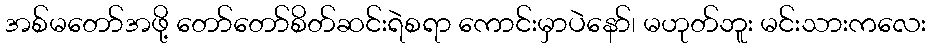
အစ်မတော်အဖို့ တော်တော်စိတ်ဆင်းရဲစရာ ကောင်းမှာပဲနော်၊ မဟုတ်ဘူး မင်းသားကလေး